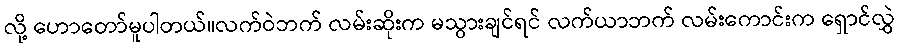
လို့ ဟောတော်မူပါတယ်။လက်ဝဲဘက် လမ်းဆိုးက မသွားချင်ရင် လက်ယာဘက် လမ်းကောင်းက ရှောင်လွှဲ